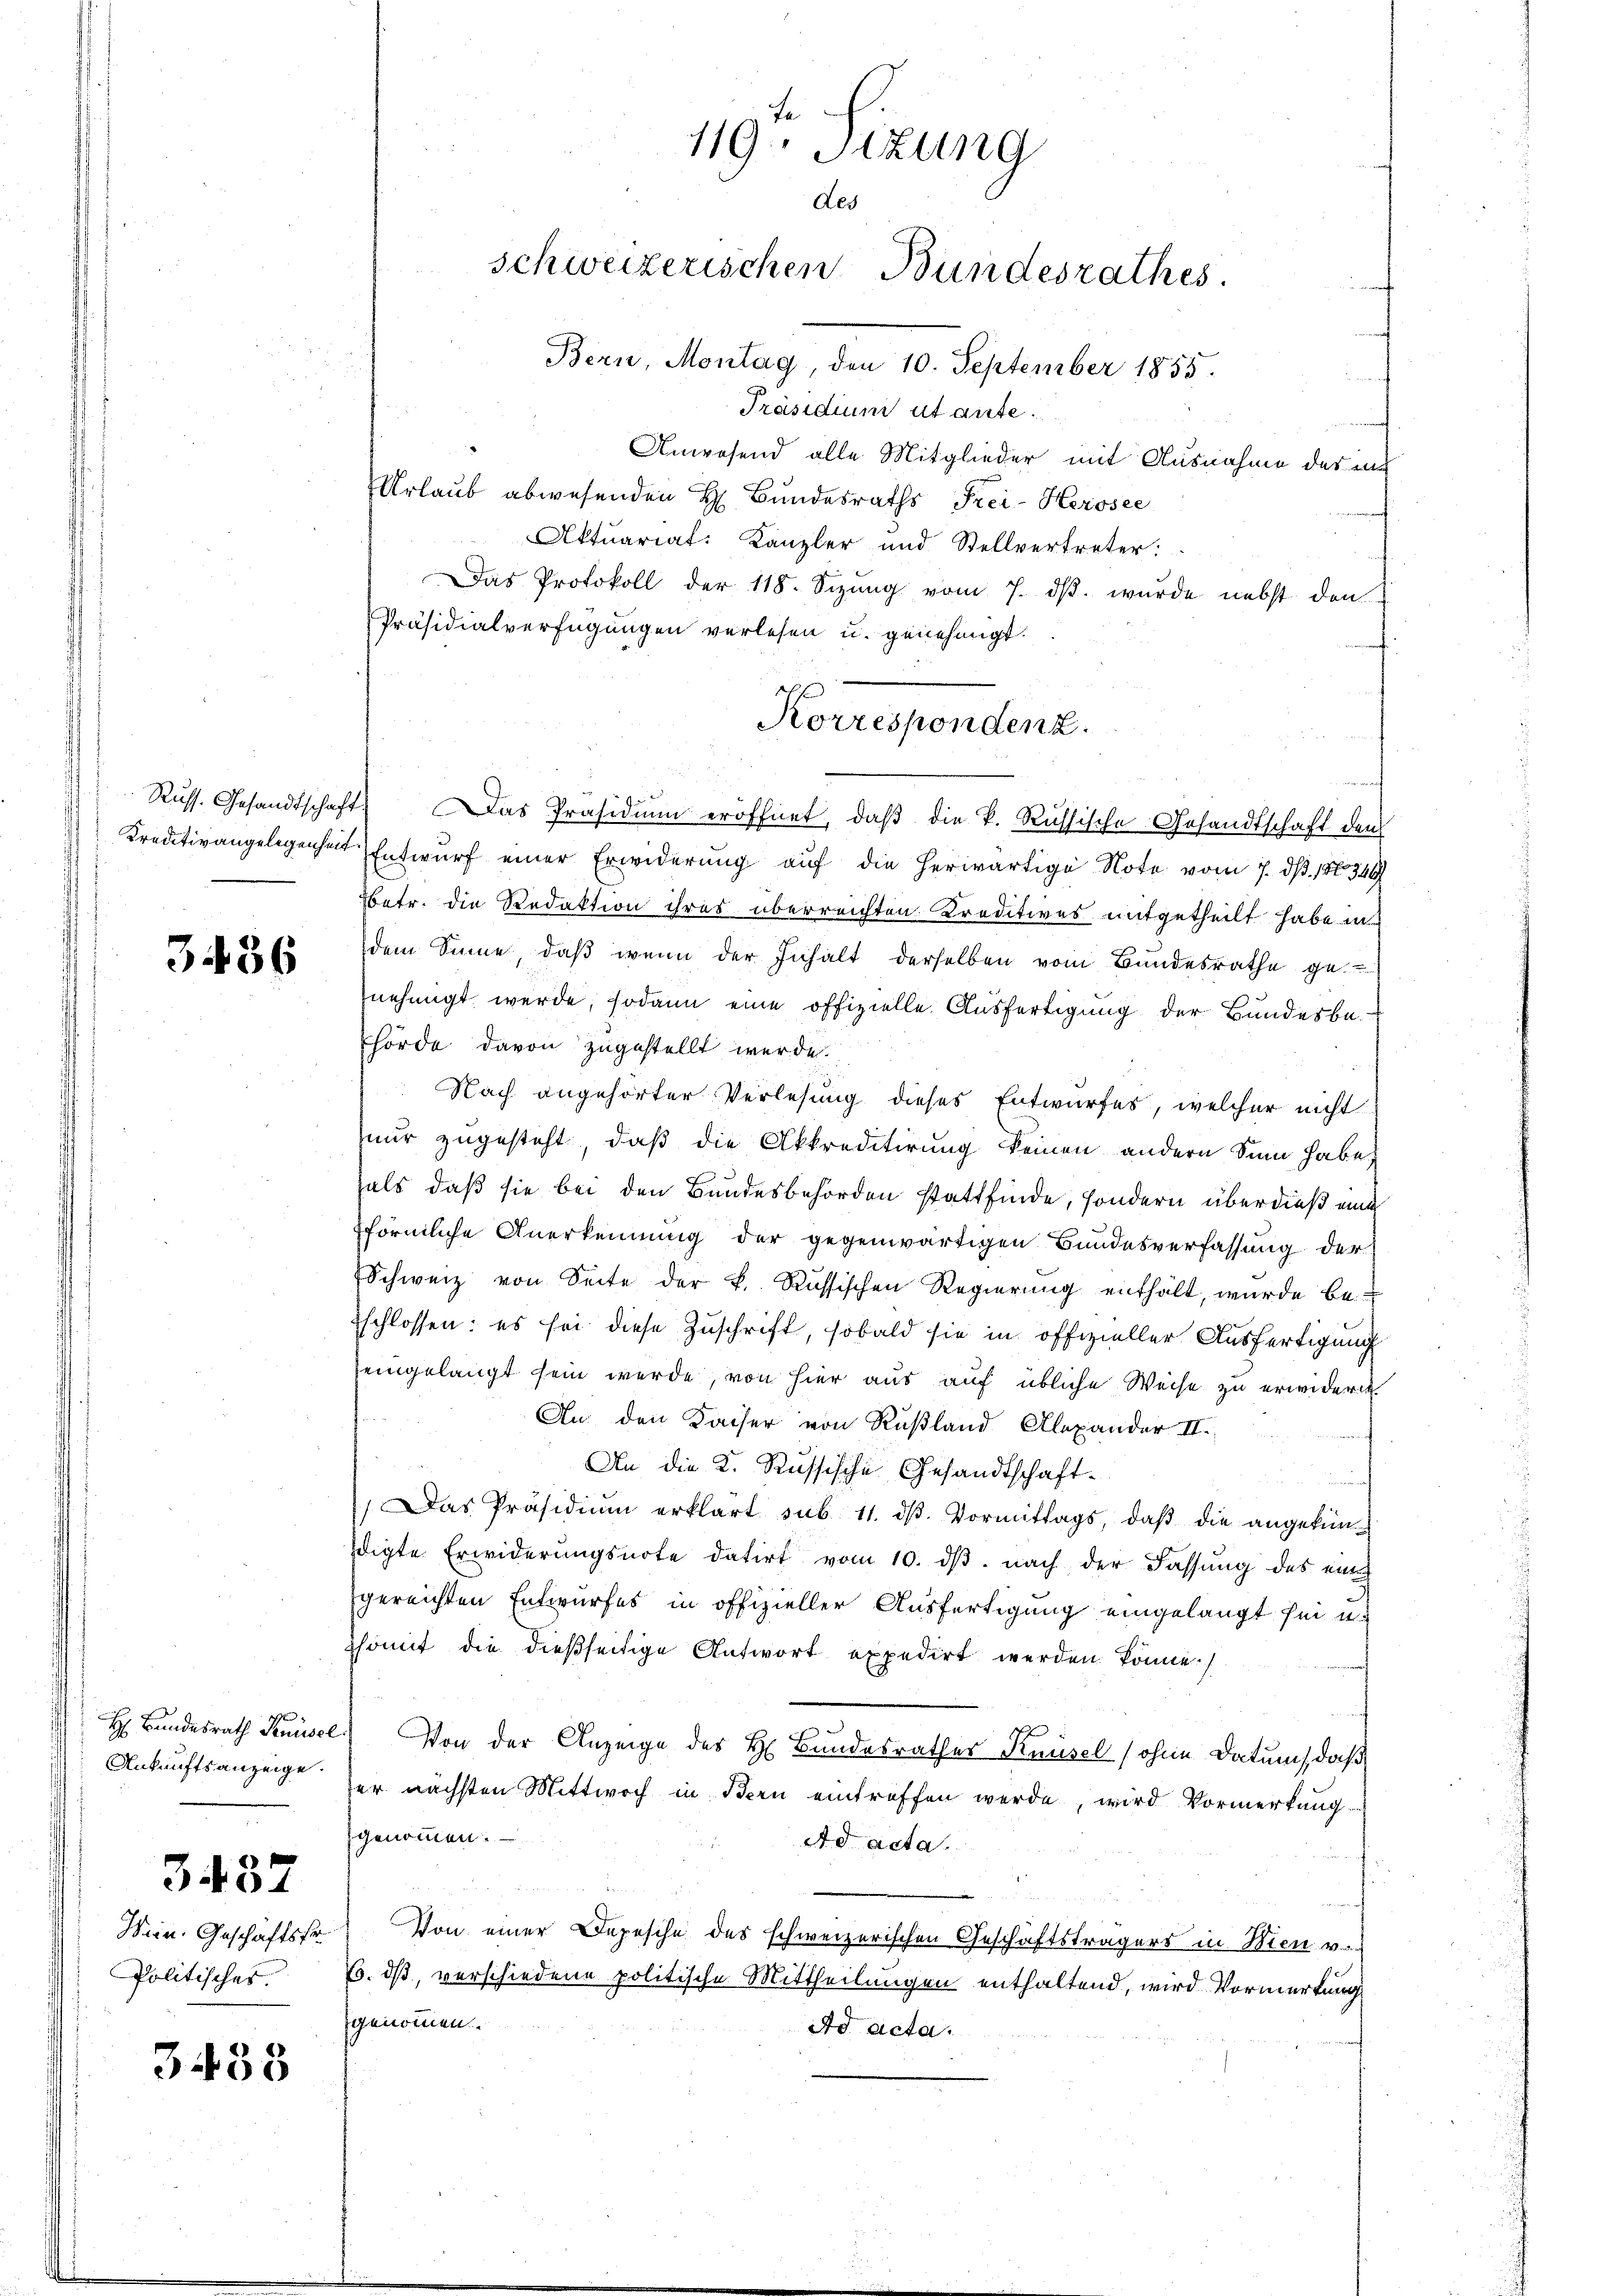
3436

H. Bundesrath Knüsel.
Ankunftsanzeige.

3437

Wein. Geschäftsfr.
Politisches.

3453

te
119. Sizung
des
schweizerischen Bundesrathes.
Bern, Montag, den 10. September 1855.

Präsidium utante.
Anwesend alle Mitglieder mit Ausnahme des auc
Urlaub abwesenden H. Bundesraths Frei-Kerosec
Aktuariat: Kanzler und Stellvertreter:
Das Protokoll der 118. Sizung vom 7. dβ. wurde nebst den
Präsidialverfügungen verlesen u. genehmigt.
ad
Russ. Gesandtschaft. Das Präsidium eröffnet, daß die k. Russische Gesandtschaft den
Kreditivangelegenheit Entwurf einer Erwiderung auf die herwärtige Note vom 7. d. 187349
Betr. die Redaktion ihres überreichten. Kreditives mitgetheilt habe in
dem Sinne, daß wenn der Inhalt derselben vom Bundesrathe ge-
nehmigt werde, sodann eine offizielle Ausfertigung der Bundesbe-
hörde davon zugestellt werde.
Nach angehörter Verlesung dieses Entwurfes, welcher nicht
nur zugesteht, daß die Akkreditirung keinen andern Sinn habe,
als, daß sie bei den Bundesbehörden stattfinde, sondern überdieß eine
förmliche Anerkennung der gegenwärtigen Bundesverfassung der
Schweiz von Seite der k. Russischen Regierung enthält, wurde be-
schlossen: es sei diese Zuschrift, sobald sie in offizieller Ausfertigung
eingelangt sein werde, von hier aus auf übliche Weise zu erwidern
An den Kaiser von Rußland Alexander II.
An die K. Russische Gesandtschaft¬

 Das Präsidiŭm erklärt sub. 11. dβ. Vormittags, daβ die angekün-
digte Erwiderungsnote datirt vom 10. dβ. nach der Fassung des eingereichten Entwurfes in offizieller Ausfertigung eingelangt sei u.
ssomit die dießseitige Antwort expedirt werden könne.
Von der Anzeige des H. Bandesrathes Knüsel (ohne Datum, daß
er nächsten Mittwoch in Bern eintreffen werde, wird Vormerkung
genommen:
Ad acta.
Von einer Depesche des schweizerischen Geschäftsträgers in Wien v.
. dß, verschiedene politische Mittheilungen enthaltend, wird Vormerkung
genommen.
Ad Acta.

Korrespondenz.